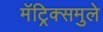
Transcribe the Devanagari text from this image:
मॅट्रिक्समुले